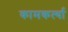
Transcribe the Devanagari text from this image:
कामकर्त्या